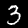
Digit: 3